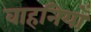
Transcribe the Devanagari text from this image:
वाहनियाँ